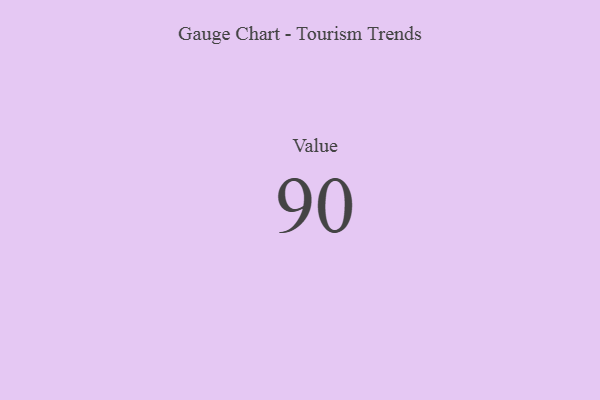
{"axis": {"x": "Metric", "y": "Value"}, "legend": [""], "data": [{"x": "Value", "y": 90, "type": ""}]}